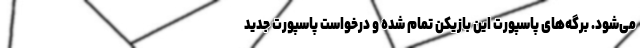
می‌شود. برگه‌های پاسپورت این بازیکن تمام شده و درخواست پاسپورت جدید